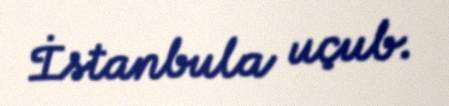
İstanbula uçub.